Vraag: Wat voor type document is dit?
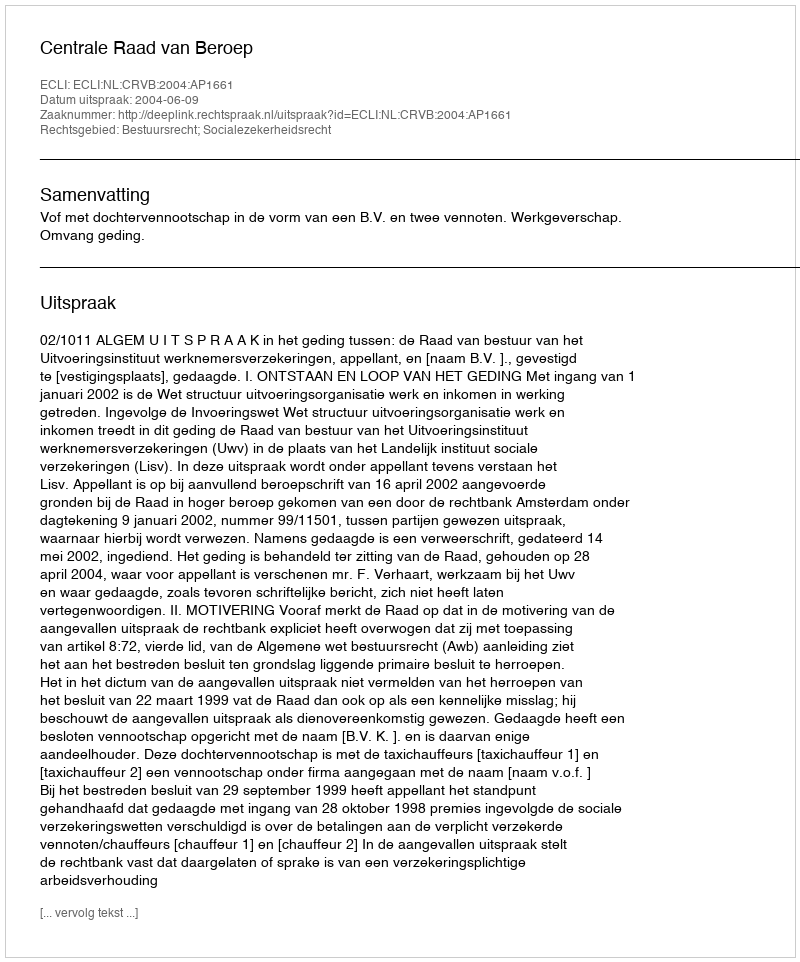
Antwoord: Uitspraak